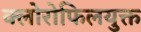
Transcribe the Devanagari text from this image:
क्लोरोफिलयुक्त